Document type: Emphyteutic lease
Year: 1276
Scribe: Pere de Roca
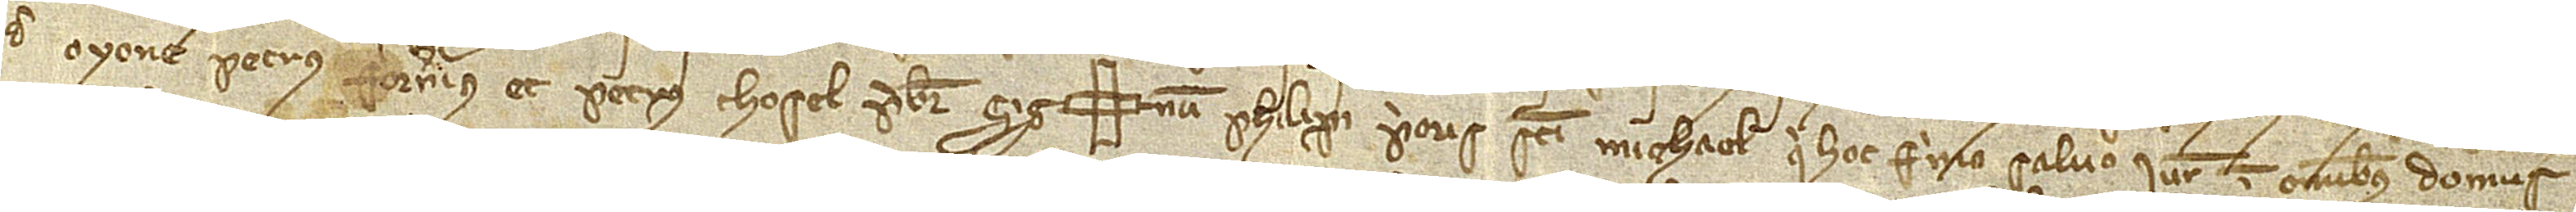
de Oyone, Petrus Fornerius et Petrus Thosel, presbiter. Sig(signe)num Philipi, prioris Sancti Michaelis, qui hoc firmo, salvo iure in omnibus domus